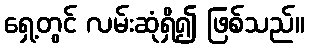
ရှေ့တွင် လမ်းဆုံရှိ၍ ဖြစ်သည်။